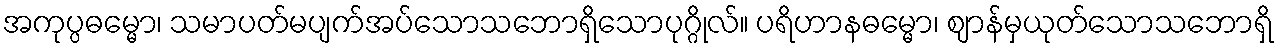
အကုပ္ပဓမ္မော၊ သမာပတ်မပျက်အပ်သောသဘောရှိသောပုဂ္ဂိုလ်။ ပရိဟာနဓမ္မော၊ ဈာန်မှယုတ်သောသဘောရှိ